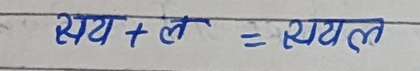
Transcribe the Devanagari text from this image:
स्वय + ले = स्वयल